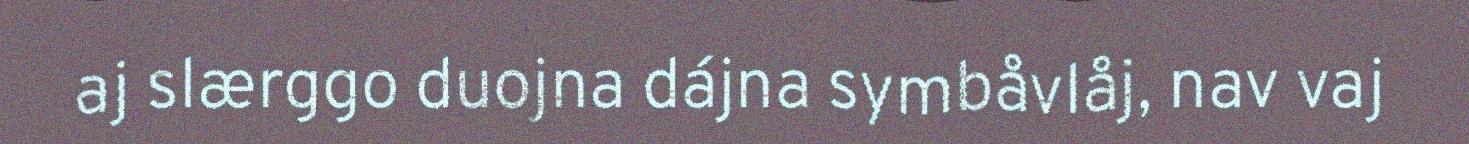
aj slærggo duojna dájna symbåvlåj, nav vaj